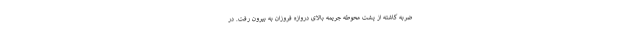
ضربه کاشته از پشت محوطه جریمه بالای دروازه فروزان به بیرون رفت. در